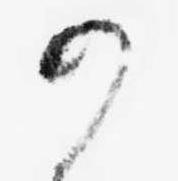
可